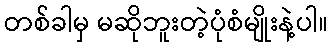
တစ်ခါမှ မဆိုဘူးတဲ့ပုံစံမျိုးနဲ့ပါ။